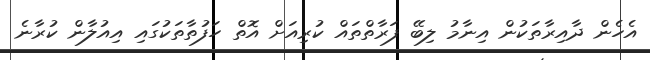
އެހެން ދާއިރާތަކުން އިނާމު ލިބޭ ފަރާތްތައް ކުރިއަށް އޮތް ހަފުތާތަކުގައި އިއުލާން ކުރާނެ